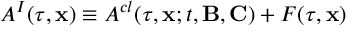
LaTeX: { \cal A } ^ { I } ( \tau , { \bf x } ) \equiv { \cal A } ^ { c l } ( \tau , { \bf x } ; t , { \bf B } , { \bf C } ) + { \cal F } ( \tau , { \bf x } )